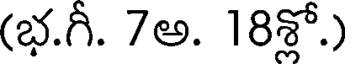
(భ.గీ. 7అ. 18శ్లో.)